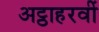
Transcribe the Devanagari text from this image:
अट्ठाहरवीं